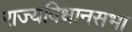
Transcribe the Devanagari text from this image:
राज्यविधानसभा